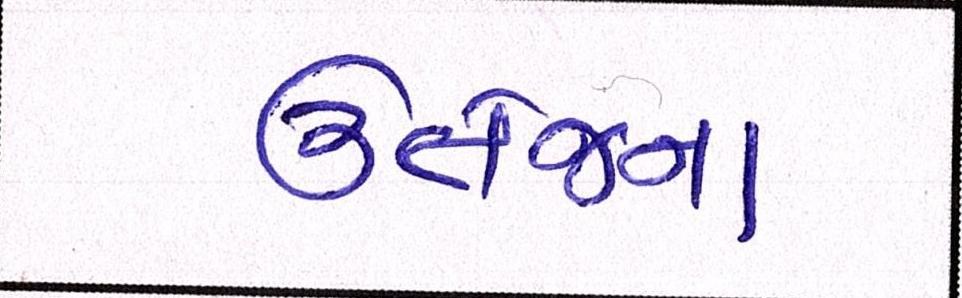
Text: ઉત્તેજના